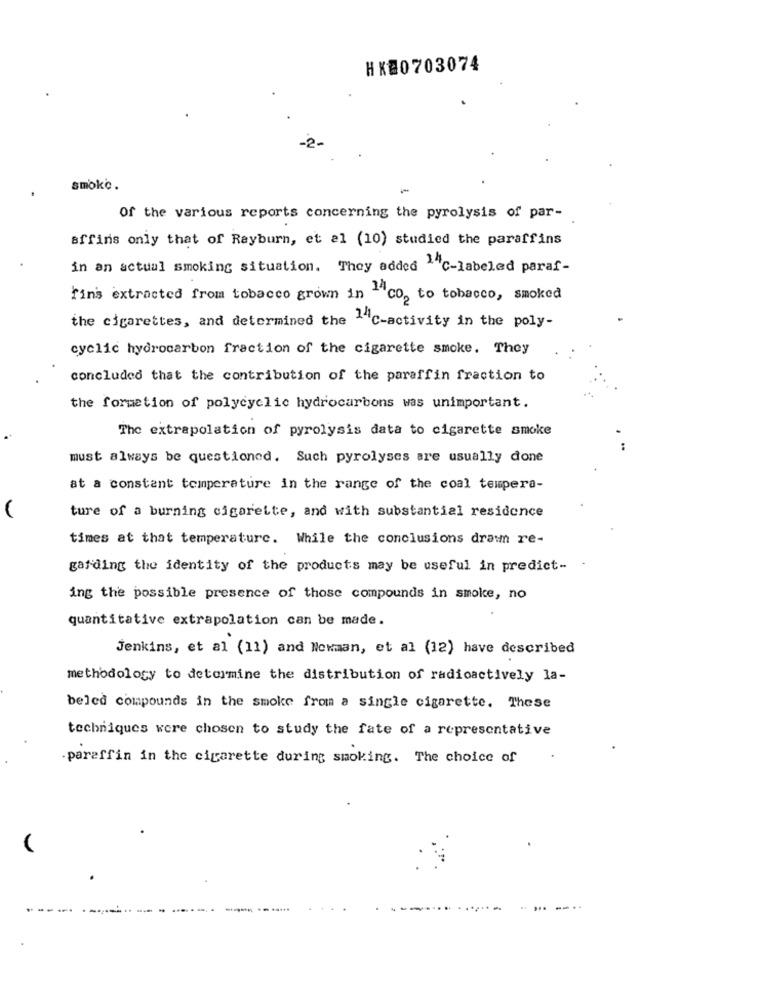
HX20703074
-2.
smoke.
Of the various reports concerning the pyrolysis of par-
sffins only that of Rayburn, et al (10) studied the paraffins
in an actual smoking situation. They added c-labeled paraf-
fins extracted from tobacco grown in ""CO, to tobacco, smoked
the cigarettes, and determined the ""C-activity in the poly-
cyclic hydrocarbon fraction of the cigarette smoke. They
concluded that the contribution of the paraffin fraction to
the formation of polycyclic hydrocarbons was unimportant.
The extrapolation of pyrolysis data to cigarette smoke
must always be questioned. Such pyrolyses are usually done
at a constant temperature in the range of the coal tempera-
ture of a burning cigarette, and with substantial residence
times at that temperature. While the conclusions drawn re-
garding the identity of the products may be useful in predict-
ing the possible presence of those compounds in smoke, no
quantitative extrapolation can be made.
Jenkins, et al (11) and Newman, et al (12) have described
methodology to determine the distribution of radioactively la-
beled compounds in the smoke from a single cigarette. These
techniques were chosen to study the fate of a representative
paraffin in the cigarette during smoking. The choice of